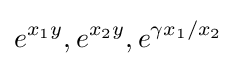
e^{x_{1}y},e^{x_{2}y},e^{\gamma x_{1}/x_{2}}